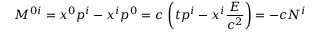
M ^ { 0 i } = x ^ { 0 } p ^ { i } - x ^ { i } p ^ { 0 } = c \, \left( t p ^ { i } - x ^ { i } { \frac { E } { c ^ { 2 } } } \right) = - c N ^ { i }